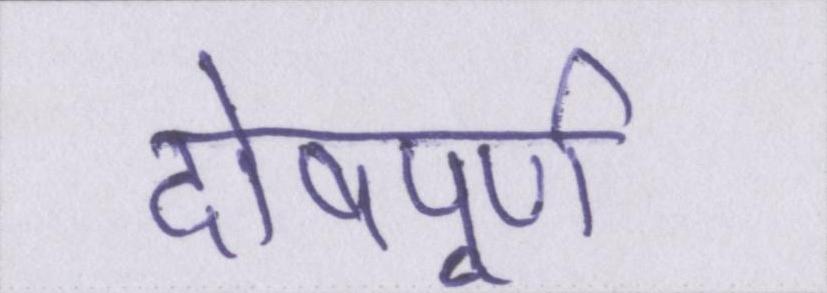
दोषपूर्ण